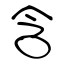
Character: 含